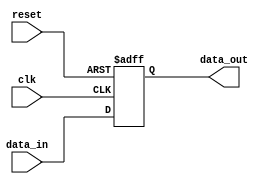
module io_block_compensated_bidirectional_buffer (
    input wire clk,
    input wire reset,
    input wire data_in,
    output wire data_out
);

reg data_out_buffer;

always @(posedge clk or posedge reset) begin
    if (reset) begin
        data_out_buffer <= 0;
    end else begin
        data_out_buffer <= data_in;
    end
end

assign data_out = data_out_buffer;

endmodule